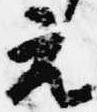
元